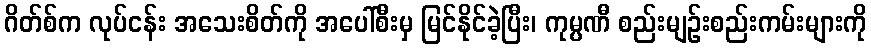
ဂိတ်စ်က လုပ်ငန်း အသေးစိတ်ကို အပေါ်စီးမှ မြင်နိုင်ခဲ့ပြီး၊ ကုမ္ပဏီ စည်းမျဉ်းစည်းကမ်းများကို